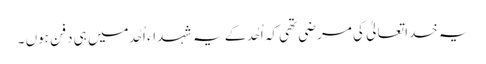
یہ خدا تعالیٰ کی مرضی تھی کہ اُحُد کے یہ شہداء اُحُد میں ہی دفن ہوں ۔